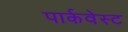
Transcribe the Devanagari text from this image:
पार्कवेस्ट